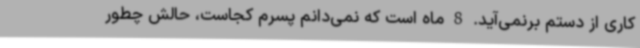
کاری از دستم برنمی‌آید. 8 ماه است که نمی‌دانم پسرم کجاست، حالش چطور